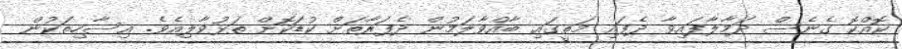
ކޮއްކޮ ގެނެސް ދަމާލާފައިވާ ދެފައި މަތީގައި ބާއްވާލަމުން ދެފަރާތަށް ކުޑަކޮށް ތަޅުވާލިއެވެ. އިސާހިތަކުން